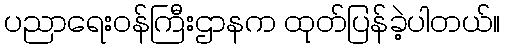
ပညာရေးဝန်ကြီးဌာနက ထုတ်ပြန်ခဲ့ပါတယ်။